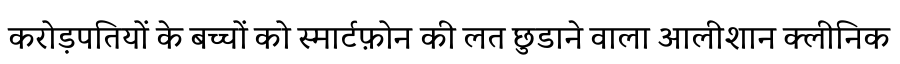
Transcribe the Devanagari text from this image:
करोड़पतियों के बच्चों को स्मार्टफ़ोन की लत छुडाने वाला आलीशान क्लीनिक